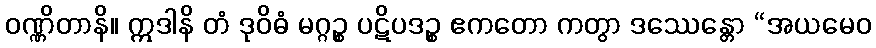
ဝဏ္ဏိတာနိ။ ဣဒါနိ တံ ဒုဝိဓံ မဂ္ဂဉ္စ ပဋိပဒဉ္စ ဧကတော ကတွာ ဒဿေန္တော “အယမေဝ